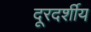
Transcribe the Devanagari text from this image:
दूरदर्शीय